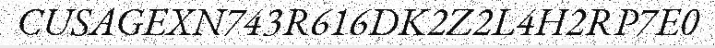
CUSAGEXN743R616DK2Z2L4H2RP7E0